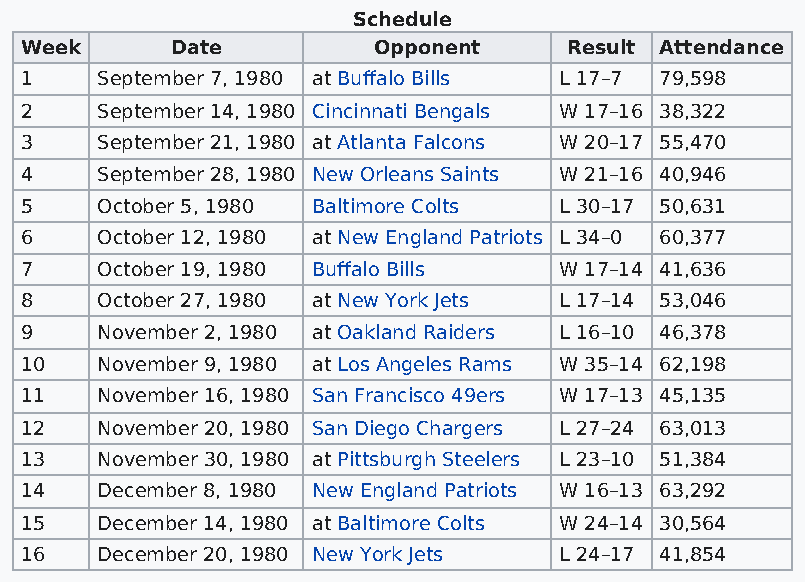
Schedule
 Week      Date          Opponent    Result Attendance
 1    September 7, 1980 at Buffalo Bills L 17–7 79,598
 2    September 14, 1980 Cincinnati Bengals W 17–16 38,322
 3    September 21, 1980 at Atlanta Falcons W 20–17 55,470
 4    September 28, 1980 New Orleans Saints W 21–16 40,946
 5    October 5, 1980 Baltimore Colts L 30–17 50,631
 6    October 12, 1980 at New England Patriots L 34–0 60,377
 7    October 19, 1980 Buffalo Bills W 17–14 41,636
 8    October 27, 1980 at New York Jets L 17–14 53,046
 9    November 2, 1980 at Oakland Raiders L 16–10 46,378
 10   November 9, 1980 at Los Angeles Rams W 35–14 62,198
 11   November 16, 1980 San Francisco 49ers W 17–13 45,135
 12   November 20, 1980 San Diego Chargers L 27–24 63,013
 13   November 30, 1980 at Pittsburgh Steelers L 23–10 51,384
 14   December 8, 1980 New England Patriots W 16–13 63,292
 15   December 14, 1980 at Baltimore Colts W 24–14 30,564
 16   December 20, 1980 New York Jets L 24–17 41,854